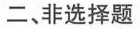
二、非选择题